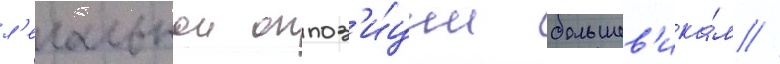
л'егальнои оппоз'и́ции большев'ика́м //